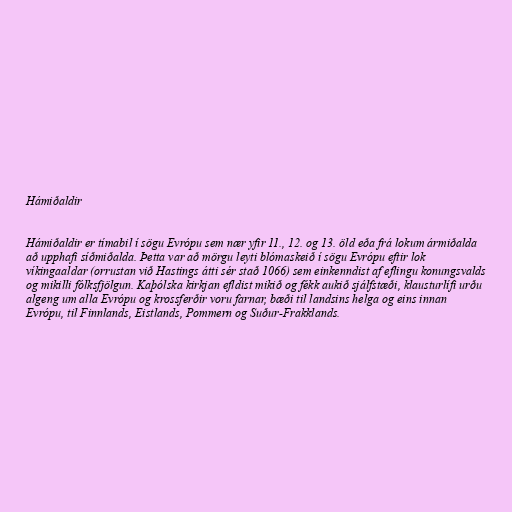
Hámiðaldir

Hámiðaldir er tímabil í sögu Evrópu sem nær yfir 11., 12. og 13. öld eða frá lokum ármiðalda
að upphafi síðmiðalda. Þetta var að mörgu leyti blómaskeið í sögu Evrópu eftir lok
víkingaaldar (orrustan við Hastings átti sér stað 1066) sem einkenndist af eflingu konungsvalds
og mikilli fólksfjölgun. Kaþólska kirkjan efldist mikið og fékk aukið sjálfstæði, klausturlífi urðu
algeng um alla Evrópu og krossferðir voru farnar, bæði til landsins helga og eins innan
Evrópu, til Finnlands, Eistlands, Pommern og Suður-Frakklands.